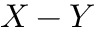
X - Y